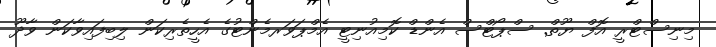
މިނިސްޓްރީ އޮފް ޔޫތް